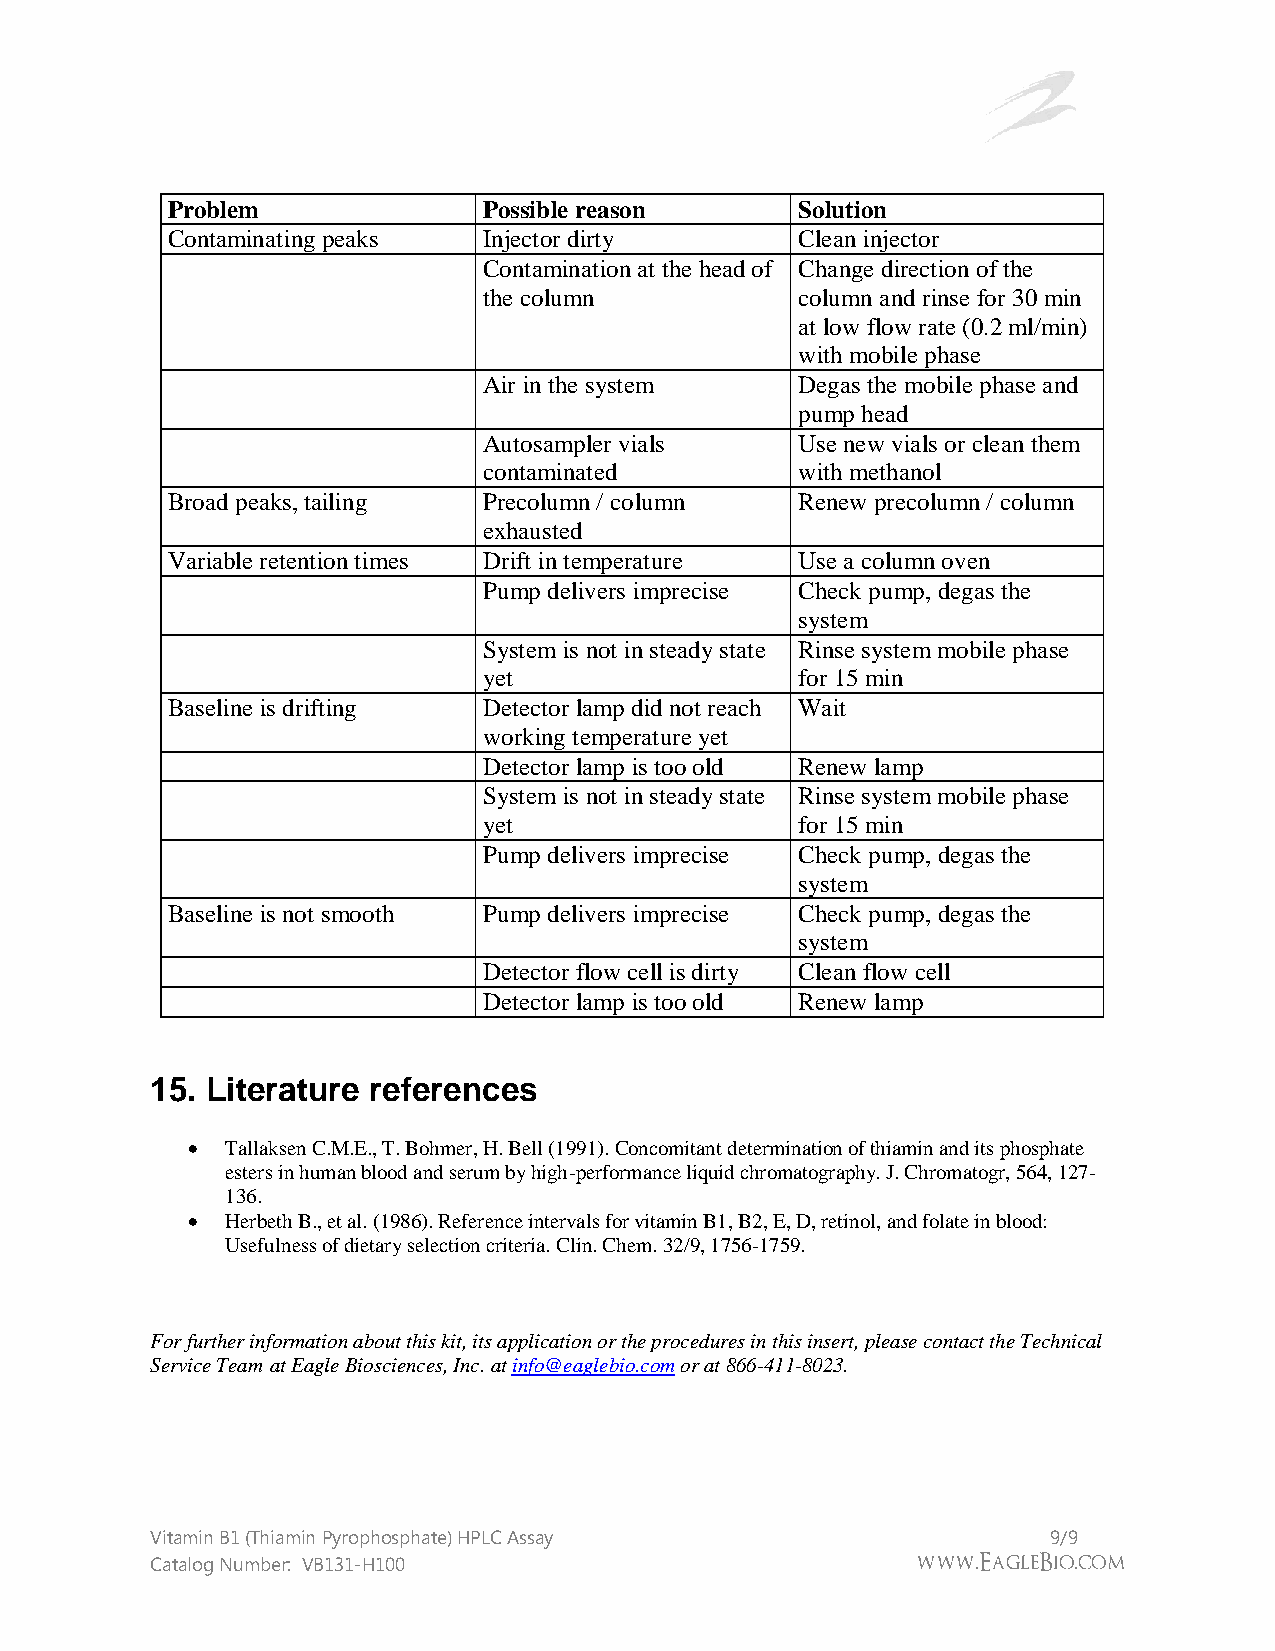
Problem              Possible reason      Solution
 Contaminating peaks  Injector dirty       Clean injector
 Contamination at the head of Change direction of the
 the column           column and rinse for 30 min
 at low flow rate (0.2 ml/min)
 with mobile phase
 Air in the system    Degas the mobile phase and
 pump head
 Autosampler vials    Use new vials or clean them
 contaminated         with methanol
 Broad peaks, tailing Precolumn / column   Renew precolumn / column
 exhausted
 Variable retention times Drift in temperature Use a column oven
 Pump delivers imprecise Check pump, degas the
 system
 System is not in steady state Rinse system mobile phase
 yet                  for 15 min
 Baseline is drifting Detector lamp did not reach Wait
 working temperature yet
 Detector lamp is too old Renew lamp
 System is not in steady state Rinse system mobile phase
 yet                  for 15 min
 Pump delivers imprecise Check pump, degas the
 system
 Baseline is not smooth Pump delivers imprecise Check pump, degas the
 system
 Detector flow cell is dirty Clean flow cell
 Detector lamp is too old Renew lamp
 15. Literature references
   Tallaksen C.M.E., T. Bohmer, H. Bell (1991). Concomitant determination of thiamin and its phosphate
 esters in human blood and serum by high-performance liquid chromatography. J. Chromatogr, 564, 127-
 136.
   Herbeth B., et al. (1986). Reference intervals for vitamin B1, B2, E, D, retinol, and folate in blood:
 Usefulness of dietary selection criteria. Clin. Chem. 32/9, 1756-1759.
 For further information about this kit, its application or the procedures in this insert, please contact the Technical
 Service Team at Eagle Biosciences, Inc. at info@eaglebio.com or at 866-411-8023.
 Vitamin B1 (Thiamin Pyrophosphate) HPLC Assay               9/9
 Catalog Number: VB131-H100                         www.EagleBio.com